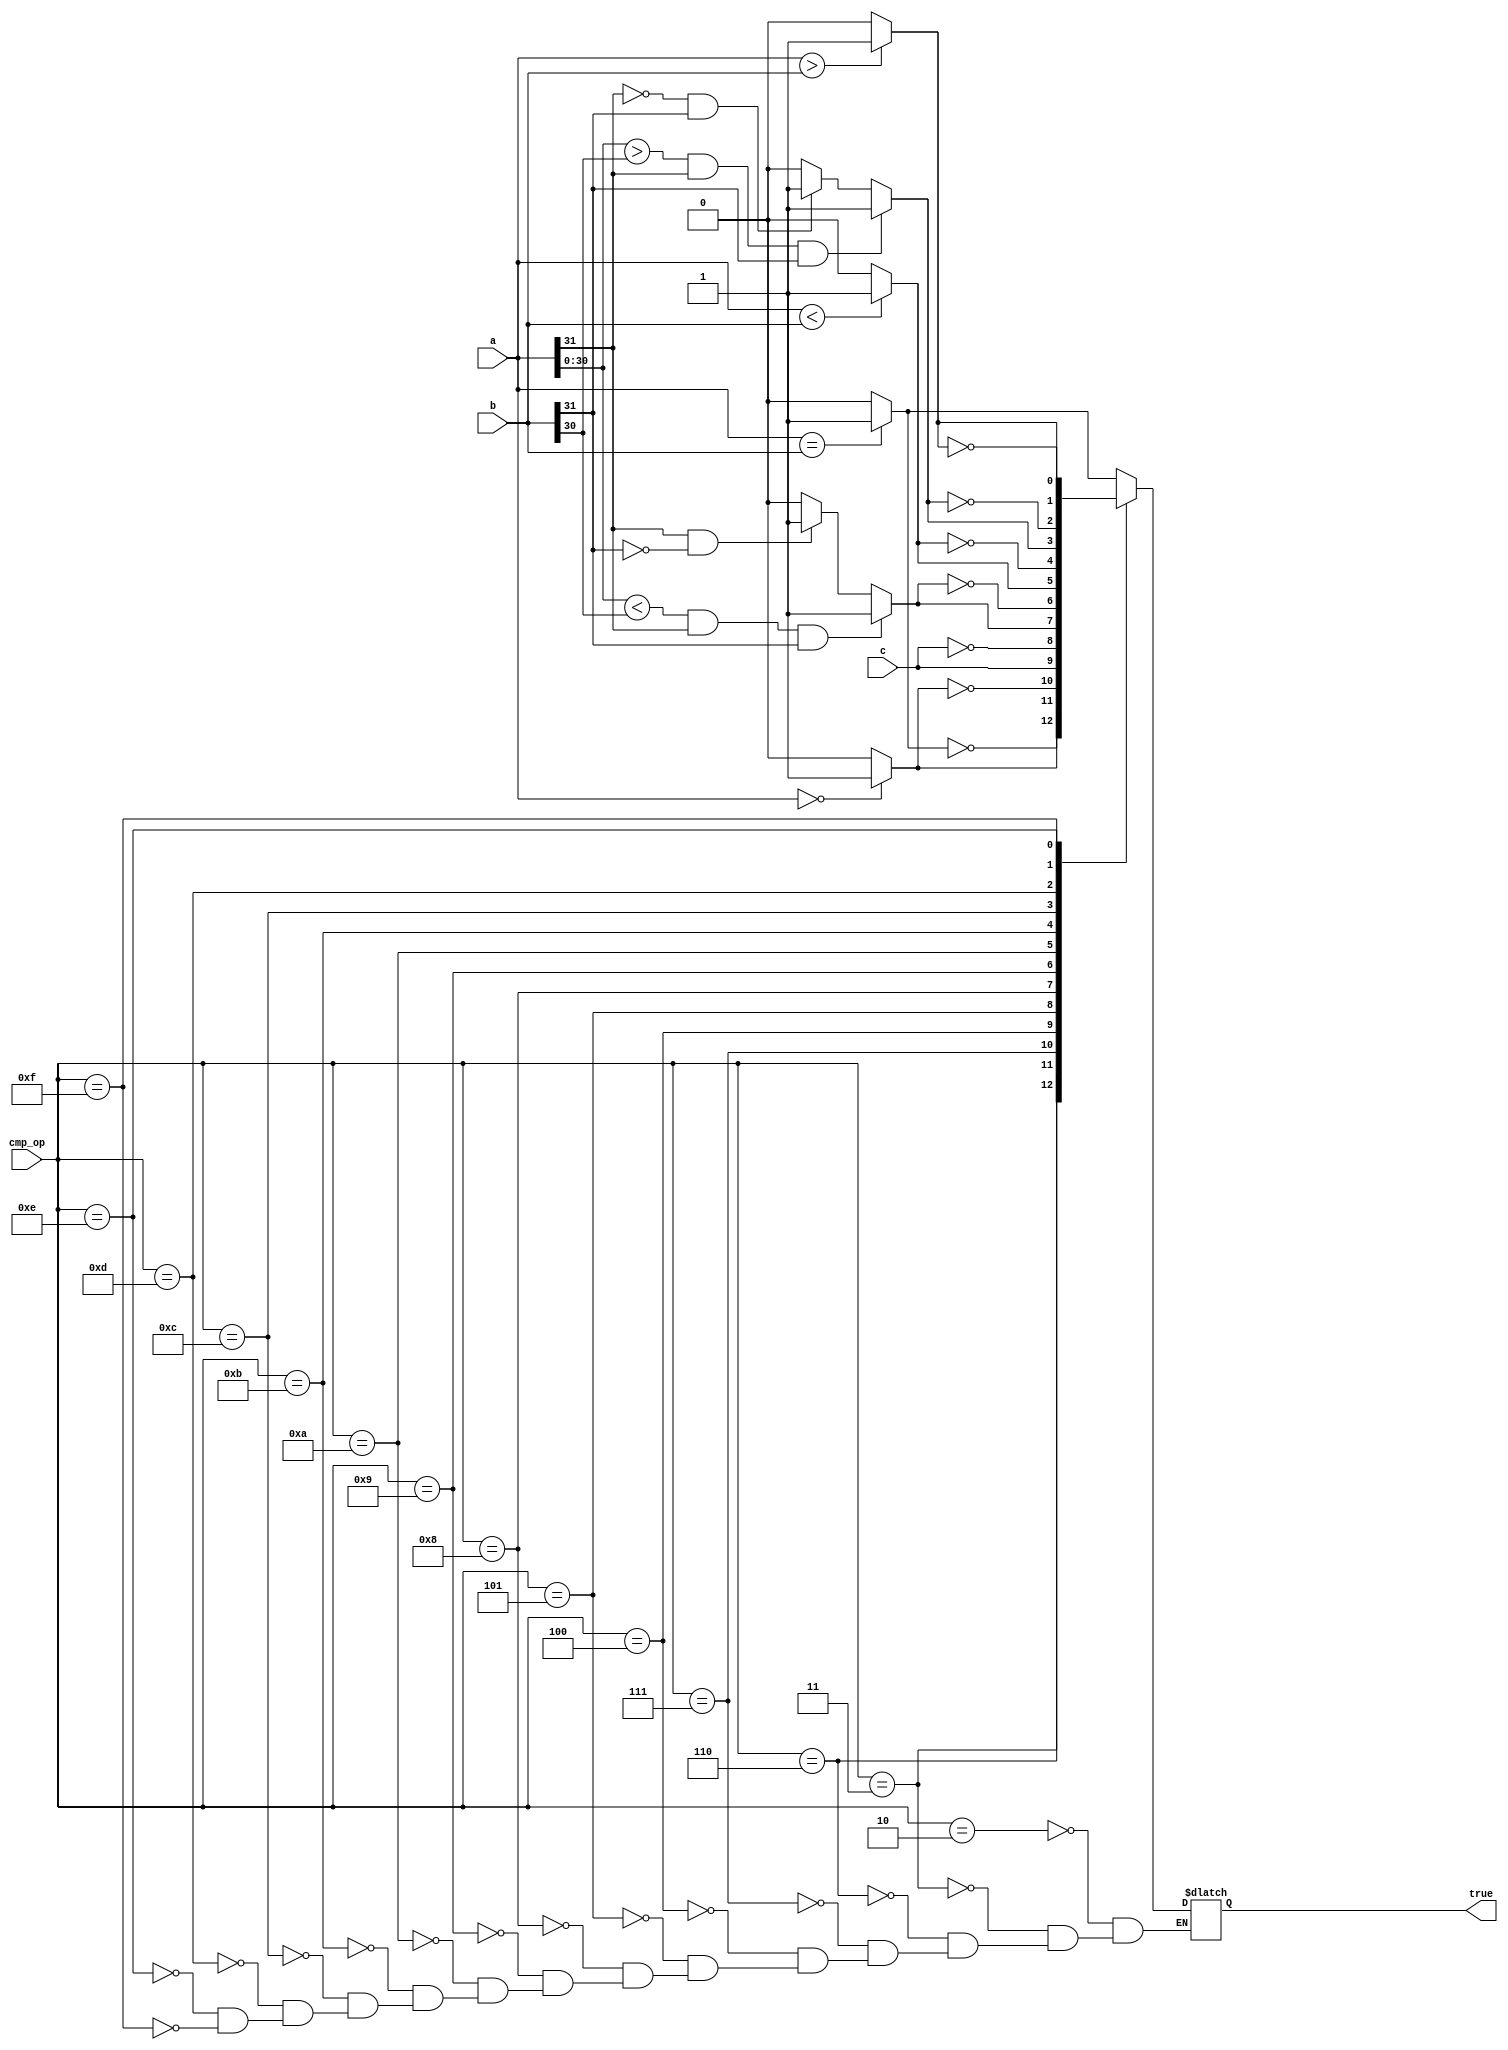
//--------------------------------------------------------------------------------------------------
//
// Title       : cmp
// Design      : MicroRISCII
//
//-------------------------------------------------------------------------------------------------
`timescale 1ps / 1ps

// Left to simplify decodeing
//`define		CMP_J		4'b0000
//`define		CMP_JR		4'b0001
`define		CMP_EQ		4'b0010
`define		CMP_NE		4'b0011
`define		CMP_C		4'b0100
`define		CMP_NC		4'b0101
`define		CMP_Z		4'b0110
`define		CMP_NZ		4'b0111
`define		CMP_LT		4'b1000
`define		CMP_NLT		4'b1001
`define		CMP_LTS		4'b1010
`define		CMP_NLTS	4'b1011
`define		CMP_GT		4'b1100
`define		CMP_NGT		4'b1101
`define		CMP_GTS		4'b1110
`define		CMP_NGTS	4'b1111

module cmp(a,b,cmp_op,true,c);
	// Inputs
	input	[31:0]	a;
	wire	[31:0]	a;
	input	[31:0]	b;
	wire	[31:0]	b;
	input	[3:0]	cmp_op;
	wire	[3:0]	cmp_op;
	input			c;
	wire			c;
	// Outputs
	output			true;
	reg				true;
	// Internal
	reg				eq;
	reg				lt;
	reg				gt;
	reg				lts;
	reg				gts;
	reg				z;

	always @ (a || b)
		begin
			if (a == b)
				eq = 1'b1;
			else
				eq = 1'b0;
			if (a < b)
				lt = 1'b1;
			else
				lt = 1'b0;
			if ((a[30:0] < b[30]) && a[31] && b[31])
				lts = 1'b1;
			else if (a[31] == 1'b1 && b[31] == 1'b0)
				lts = 1'b1;
			else
				lts = 1'b0;
			if (a > b)
				gt = 1'b1;
			else
				gt = 1'b0;
			if ((a[30:0] > b[30]) && a[31] && b[31])
				gts = 1'b1;
			else if (a[31] == 1'b0 && b[31] == 1'b1)
				gts = 1'b1;
			else
				gts = 1'b0;
			if (a == 32'b0)
				z = 1'b1;
			else
				z = 1'b0;
		end

	always @ (cmp_op || eq || z || c || lt || gt)
		case (cmp_op)
			//`CMP_J : true = 1'b1; // Taken care of in decoder
			//`CMP_JR : true = 1'b1; // Taken care of in decoder
			`CMP_EQ : true = eq;
			`CMP_NE : true = !(eq);
			`CMP_Z : true = z;
			`CMP_NZ : true = !(z);
			`CMP_C : true = c;
			`CMP_NC : true = !(c);
			`CMP_LT : true = lts;
			`CMP_NLT : true = !(lts);
			`CMP_LTS : true = lt;
			`CMP_NLTS : true = !(lt);
			`CMP_GT : true = gts;
			`CMP_NGT : true = !(gts);
			`CMP_GTS : true = gt;
			`CMP_NGTS : true = !(gt);
		endcase

endmodule